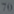
-16